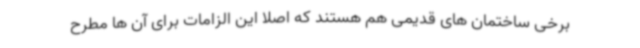
برخی ساختمان های قدیمی هم هستند که اصلا این الزامات برای آن ها مطرح